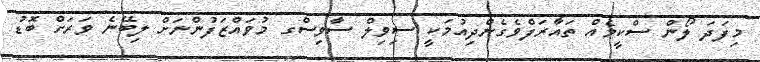
މިފަދަ ލޯން ސްކީމެއް ތައާރަފްވެގެންދިއުމަކީ ސިވިލް ސާވިސްގ މުވައްޒަފުންނަށް ލިބޭނެ ވަރަށް ބޮޑު